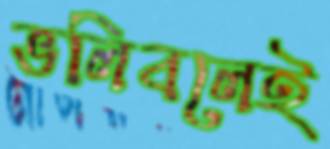
ভলিবলেই